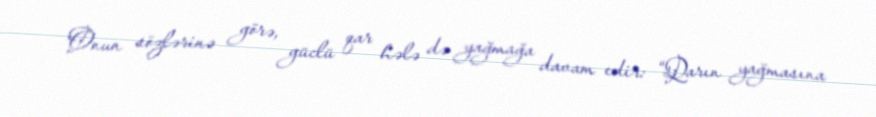
Onun sözlərinə görə, güclü qar hələ də yağmağa davam edir: “Qarın yağmasına